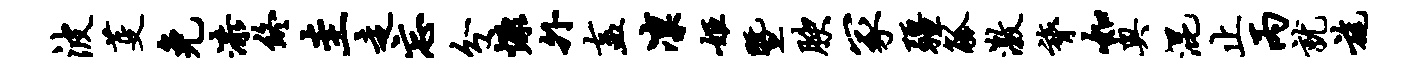
波芟免漆终圭走忘分慷外盍凛姬暨腴冢疆觚激膂如奥混止丙就旄